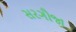
સરગૌજા